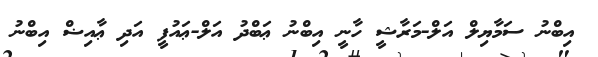
އިބްނު ސަމާޔިލް އަލް-މަރާޝީ ހާނީ އިބްނު ޢަބްދު އަލް-ޢައުފީ އަދި ޢާއިޟް އިބްނު